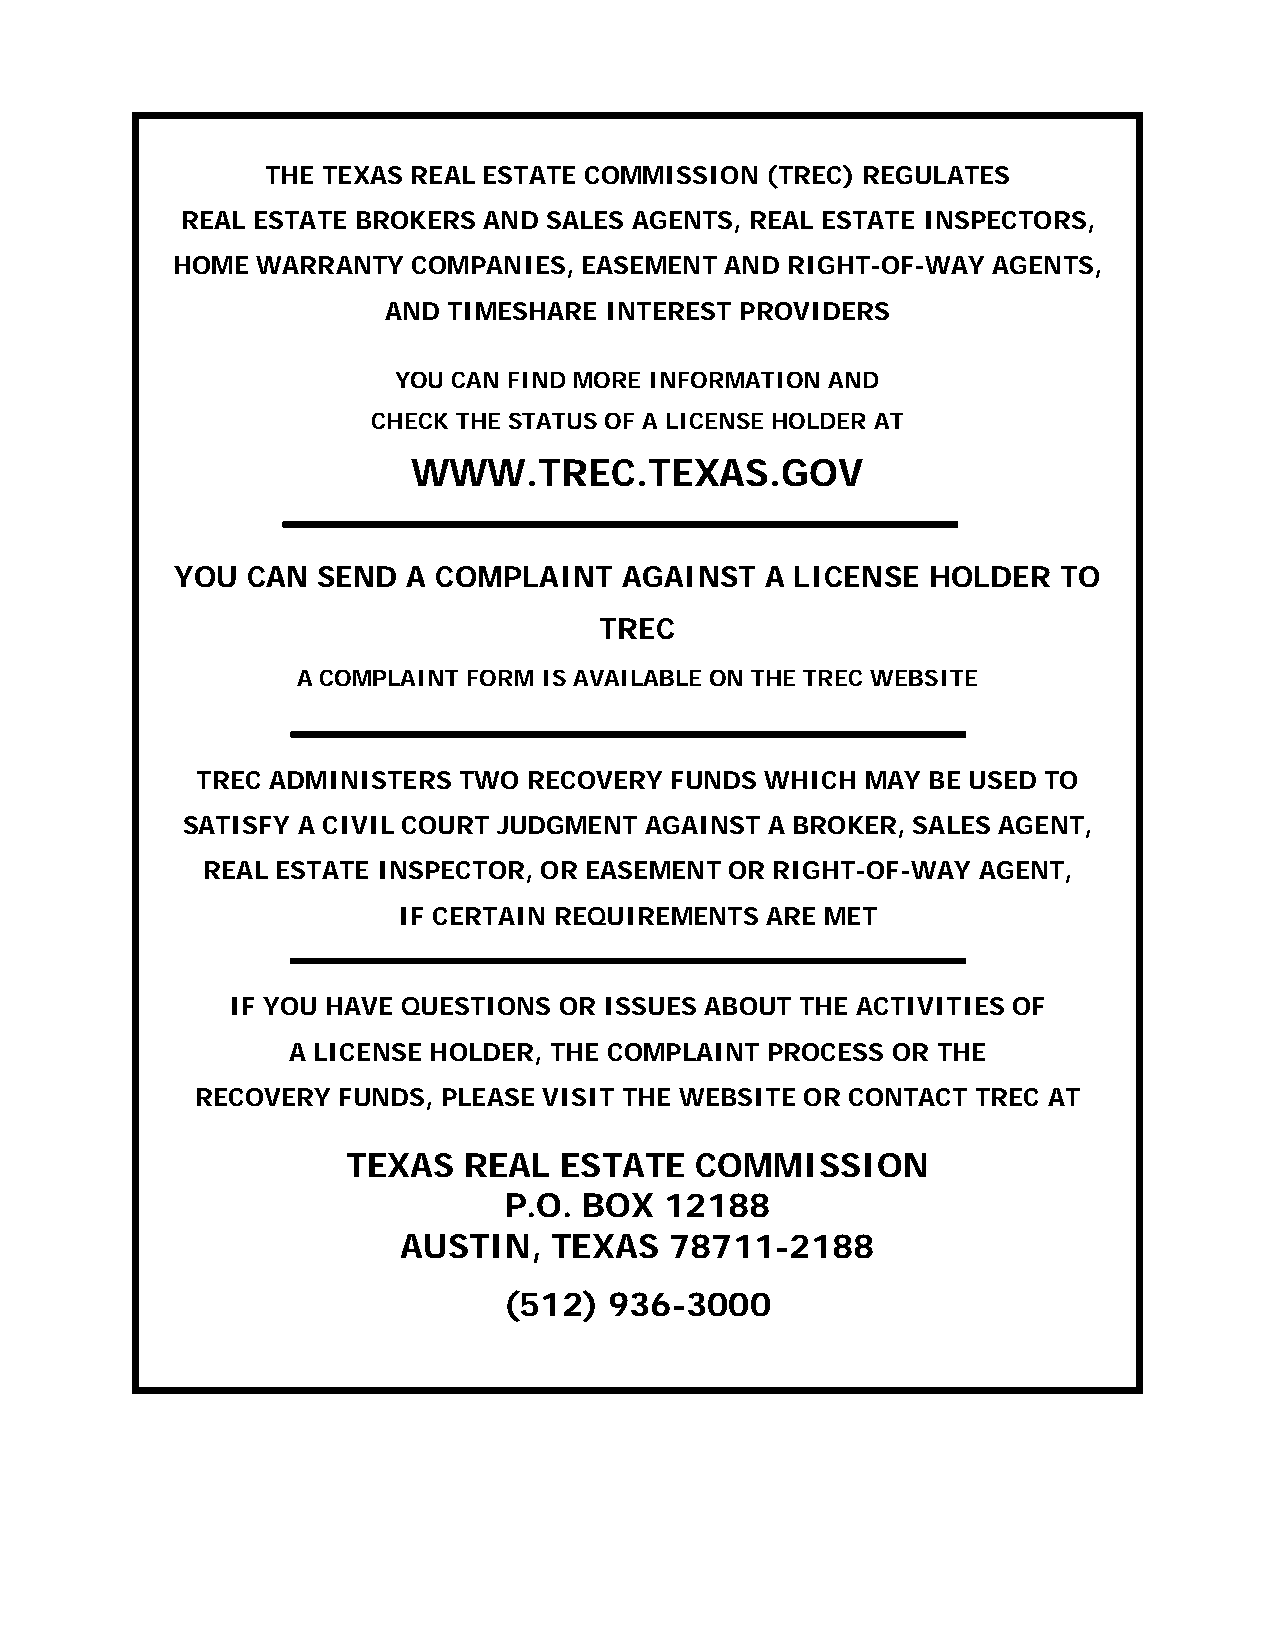
THE TEXAS REAL ESTATE COMMISSION (TREC) REGULATES
 REAL ESTATE BROKERS AND SALES AGENTS, REAL ESTATE INSPECTORS,
 HOME  WARRANTY  COMPANIES, EASEMENT  AND RIGHT-OF-WAY  AGENTS,
 AND  TIMESHARE INTEREST PROVIDERS
 YOU CAN FIND MORE INFORMATION AND
 CHECK THE STATUS OF A LICENSE HOLDER AT
 WWW.TREC.TEXAS.GOV
 YOU CAN  SEND  A COMPLAINT   AGAINST   A LICENSE HOLDER   TO
 TREC
 A COMPLAINT FORM IS AVAILABLE ON THE TREC WEBSITE
 TREC ADMINISTERS TWO  RECOVERY FUNDS  WHICH MAY BE USED TO
 SATISFY A CIVIL COURT JUDGMENT AGAINST A BROKER, SALES AGENT,
 REAL ESTATE INSPECTOR, OR EASEMENT OR RIGHT-OF-WAY  AGENT,
 IF CERTAIN REQUIREMENTS  ARE MET
 IF YOU HAVE QUESTIONS OR ISSUES ABOUT THE ACTIVITIES OF
 A LICENSE HOLDER, THE COMPLAINT PROCESS OR THE
 RECOVERY FUNDS, PLEASE VISIT THE WEBSITE OR CONTACT TREC AT
 TEXAS   REAL  ESTATE   COMMISSION
 P.O.  BOX  12188
 AUSTIN,   TEXAS  78711-2188
 (512)  936-3000